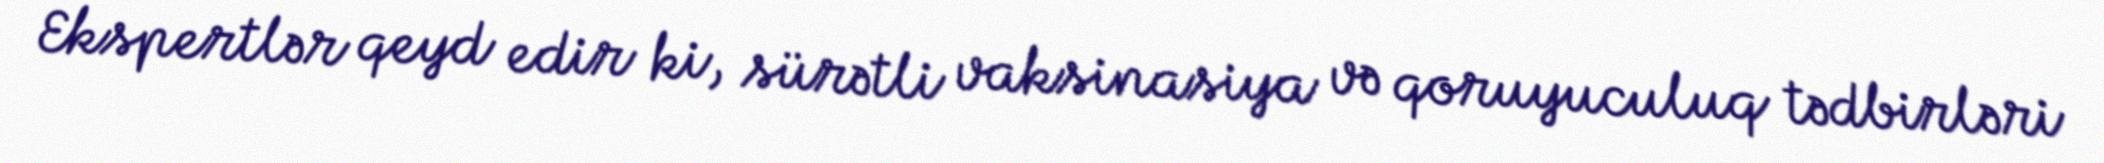
Ekspertlər qeyd edir ki, sürətli vaksinasiya və qoruyuculuq tədbirləri